Indian journal of veterinary science and animal husbandry - Volume 12,
Year: 1942
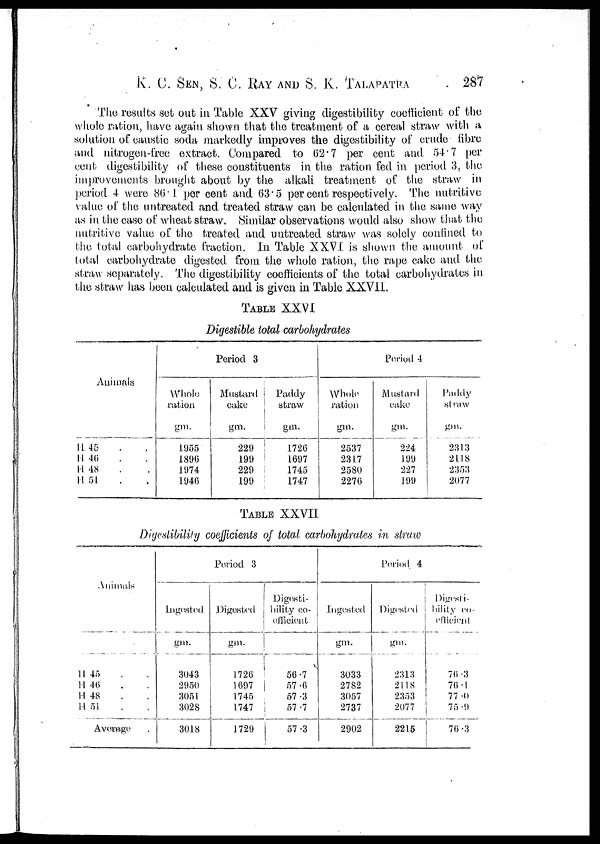
K. C. SEN, S. C. RAY AND S. K. TALAPATRA 287
The results set out in Table XXV giving digestibility coefficient of the
whole ration, have again shown that the treatment of a cereal straw with a
solution of caustic soda markedly improves the digestibility of crude fibre
and nitrogen-free extract. Compared to 62.7 per cent and 54.7 per
cent digestibility of these constituents in the ration fed in period 3, the
improvements brought about by the alkali treatment of the straw in
period 4 were 86.1 per cent and 63.5 per cent respectively. The nutritive
value of the untreated and treated straw can be calculated in the same way
as in the case of wheat straw. Similar observations would also show that the
nutritive value of the treated and untreated straw was solely confined to
the total carbohydrate traction. In Table XXVI is shown the amount of
total carbohydrate digested from the whole ration, the rape cake and the
straw separately. The digestibility coefficients of the total carbohydrates in
the straw has been calculated and is given in Table XXVII.
TABLE XXVI
Digestible total carbohydrates
Animals
H 45 . .
H 46 . .
H 48 . .
H 51 . .
Period 3
Whole
ration
gm.
1955
1896
1974
1946
Mustard
cake
gm.
229
199
229
199
Paddy
straw
gm.
1726
1697
1745
1747
Period 4
Whole
ration
gm.
2537
2317
2580
2276
Mustard
cake
gm.
224
199
227
199
Paddy
straw
gm.
2313
2118
2353
2077
TABLE XXVII
Digestibility coefficients of total carbohydrates in straw
Animals
H 45 . .
H 46 . .
H 48 . .
H 51 . .
Average
Period 3
Ingested
gm.
3043
2950
3051
3028
3018
Digested
gm.
1726
1697
1745
1747
1729
Digesti-
bility co-
efficient
56.7
57.6
57.3
57.7
57.3
Period 4
Ingested
gm.
3033
2782
3057
2737
2902
Digested
gm.
2313
2118
2353
2077
2215
Digesti-
bility co-
efficient
76.3
76.1
77.0
75.9
76.3